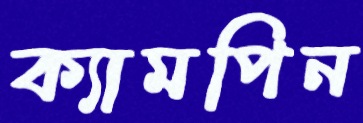
ক্যামপিন